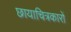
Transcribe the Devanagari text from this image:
छायाचित्रकारों